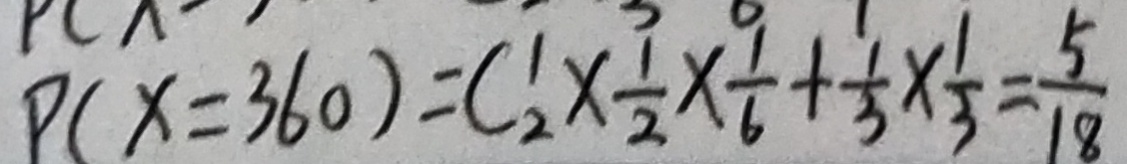
P ( x = 3 6 0 ) = C ^ { 1 } _ { 2 } \times \frac { 1 } { 2 } \times \frac { 1 } { 6 } + \frac { 1 } { 3 } \times \frac { 1 } { 3 } = \frac { 5 } { 1 8 }